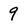
Character: 9